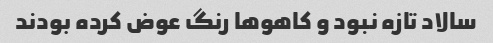
سالاد تازه نبود و کاهو‌ها رنگ عوض کرده بودند